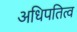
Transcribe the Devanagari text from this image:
अधिपतित्व